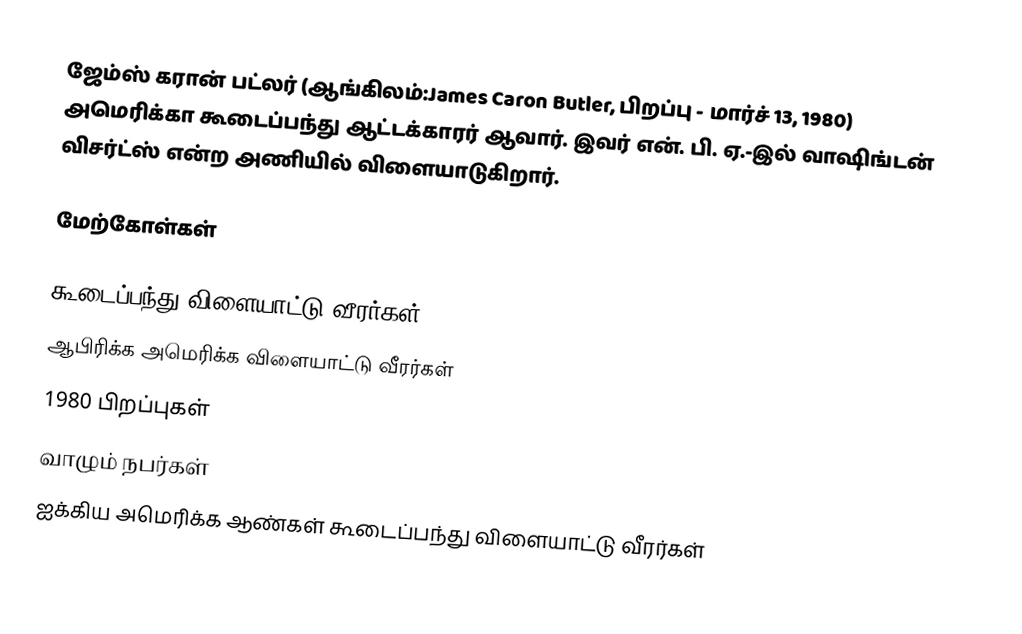
ஜேம்ஸ் கரான் பட்லர் (ஆங்கிலம்:James Caron Butler, பிறப்பு - மார்ச் 13, 1980) அமெரிக்கா கூடைப்பந்து ஆட்டக்காரர் ஆவார். இவர் என். பி. ஏ.-இல் வாஷிங்டன் விசர்ட்ஸ் என்ற அணியில் விளையாடுகிறார்.

மேற்கோள்கள்

கூடைப்பந்து விளையாட்டு வீரர்கள்
ஆபிரிக்க அமெரிக்க விளையாட்டு வீரர்கள்
1980 பிறப்புகள்
வாழும் நபர்கள்
ஐக்கிய அமெரிக்க ஆண்கள் கூடைப்பந்து விளையாட்டு வீரர்கள்